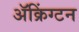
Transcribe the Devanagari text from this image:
ॲक्रिंग्टन